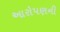
આરોપણની